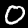
Label: 0